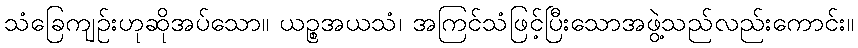
သံခြေကျဉ်းဟုဆိုအပ်သော။ ယဉ္စအယသံ၊ အကြင်သံဖြင့်ပြီးသောအဖွဲ့သည်လည်းကောင်း။